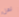
لعل